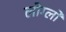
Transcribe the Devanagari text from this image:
लोग्लो